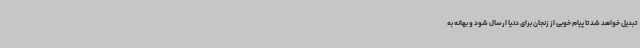
تبدیل خواهد شد تا پیام خوبی از زنجان برای دنیا ارسال شود و بهانه به